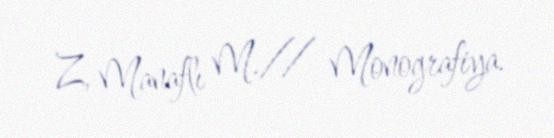
Z, Manaflı M.// Monografiya.